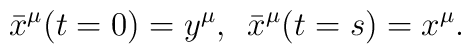
\bar{x}^{\mu }(t=0)=y^{\mu },\,\,\,    \bar{x}^{\mu }(t=s)=x^{\mu }.